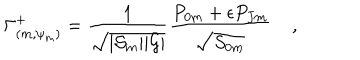
LaTeX: \Gamma _ { ( m , \psi _ { m } ) } ^ { + } = { \frac { 1 } { \sqrt { | { \cal S } _ { m } | | { \cal G } | } } } { \frac { { P } _ { 0 m } + \epsilon { P } _ { J m } } { \sqrt { { S } _ { 0 m } } } } \; ,